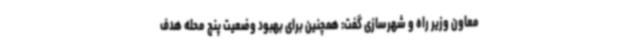
معاون وزیر راه و شهرسازی گفت: همچنین برای بهبود وضعیت پنج محله هدف